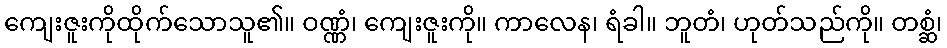
ကျေးဇူးကိုထိုက်သောသူ၏။ ဝဏ္ဏံ၊ ကျေးဇူးကို။ ကာလေန၊ ရံခါ။ ဘူတံ၊ ဟုတ်သည်ကို။ တစ္ဆံ၊